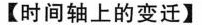
【时间轴上的变迁】